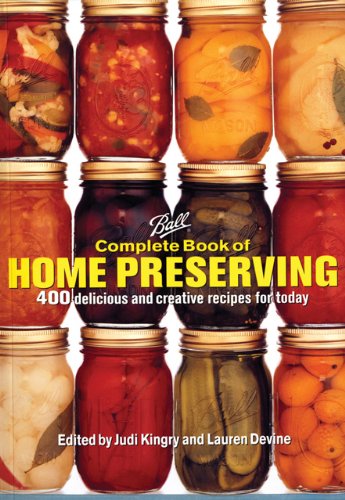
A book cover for Ball Complete Book of Home Preserving; Judi Kingry; Cookbooks, Food & Wine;